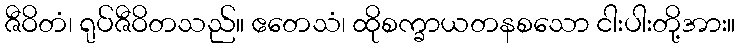
ဇီဝိတံ၊ ရုပ်ဇီဝိတသည်။ ဧတေသံ၊ ထိုစက္ခာယတနစသော ငါးပါးတို့အား။